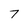
Character: 7